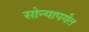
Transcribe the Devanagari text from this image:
सोन्यापर्यंत